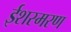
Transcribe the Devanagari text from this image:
ईशस्मरण